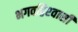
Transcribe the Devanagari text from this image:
भगवद्विश्‍वासी